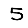
Digit: 5